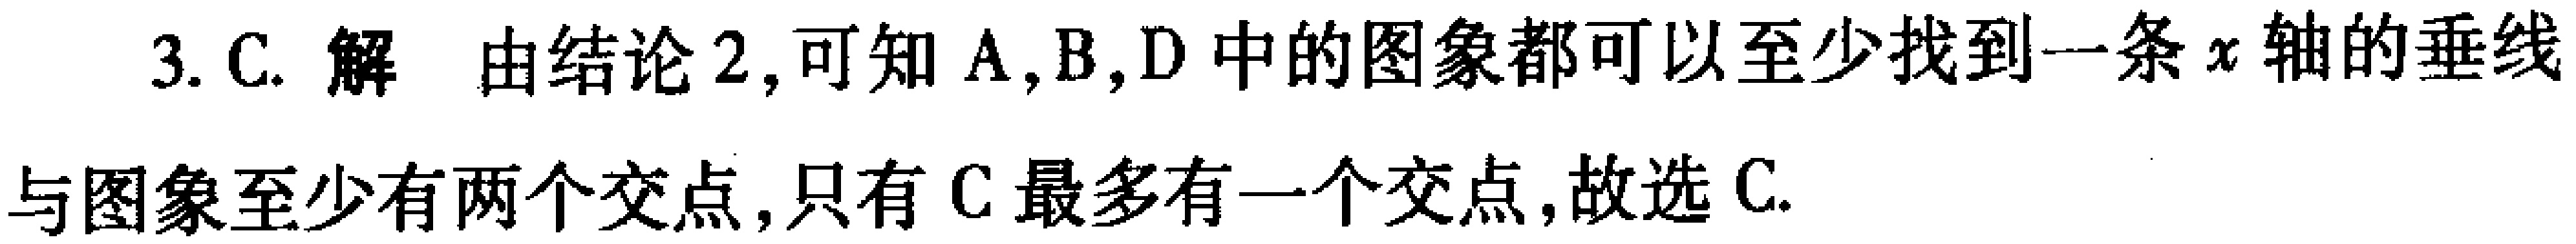
3. C. 解 由结论2,可知A,B,D中的图象都可以至少找到一条\(x\)轴的垂线与图象至少有两个交点,只有C最多有一个交点,故选C.